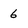
Character: 6